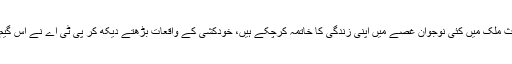
پب جی گیم کھیلنے سے منع کرنے کے باعث ملک میں کئی نوجوان غصے میں اپنی زندگی کا خاتمہ کرچکے ہیں، خودکشی کے واقعات بڑھتے دیکھ کر پی ٹی اے نے اس گیم پر عارضی پابندی لگانے کا فیصلہ کیا ہے۔